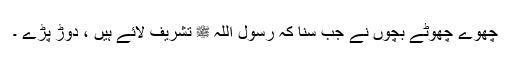
چھوے چھوٹے بچوں نے جب سنا کہ رسول اللہ ﷺ تشریف لائے ہیں ، دوڑ پڑے ۔